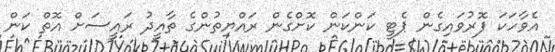
އެވާހަކަ ފޮރުވައިގެން ޕެޓީ ކަންކަން ކޮށްގެން ރައްޔިތުންގެ ތާއީދު ރައީސަށް އޮތް ކަން